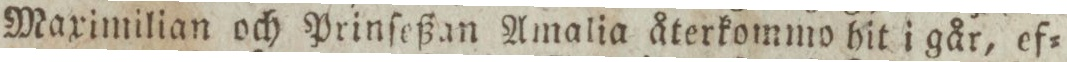
Maximilian och Prinſeßan Amalia återkommo hit i går, ef=